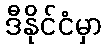
ဒီနိုင်ငံမှာ